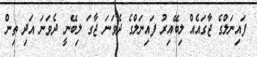
ފައިނަލްގެ ޖާގައެއް ލިބޭއިރު ފައިނަލްގެ ދެވަނަ ޖާގަ ލިބޭނީ ދެވަނަ އަދި ތިން